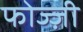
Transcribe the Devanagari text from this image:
फोज्ज़ी